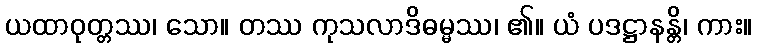
ယထာဝုတ္တဿ၊ သော။ တဿ ကုသလာဒိဓမ္မဿ၊ ၏။ ယံ ပဒဋ္ဌာနန္တိ၊ ကား။